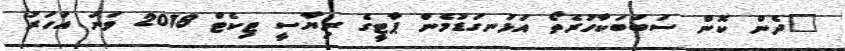
"ދެން ކޮން ސަބަބަކާހުރެތޯ އަޅުނގަޑުމެން ޕާޓީގެ ރިޔާސީ ޓިކެޓް 2018 ވަނަ އަހަރު